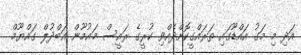
އަދި މި މަގު އައްޑޫގައި ތަރައްގީކޮށްދެއްވި ކުރީގެ ރައީސް މައުމޫން އަބްދުލް ގައްޔޫމް